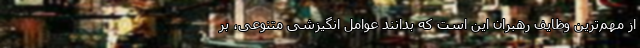
از مهم‌ترین وظایف رهبران این است که بدانند عوامل انگیزشی متنوعی، بر